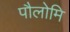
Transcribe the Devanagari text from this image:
पौलोमि